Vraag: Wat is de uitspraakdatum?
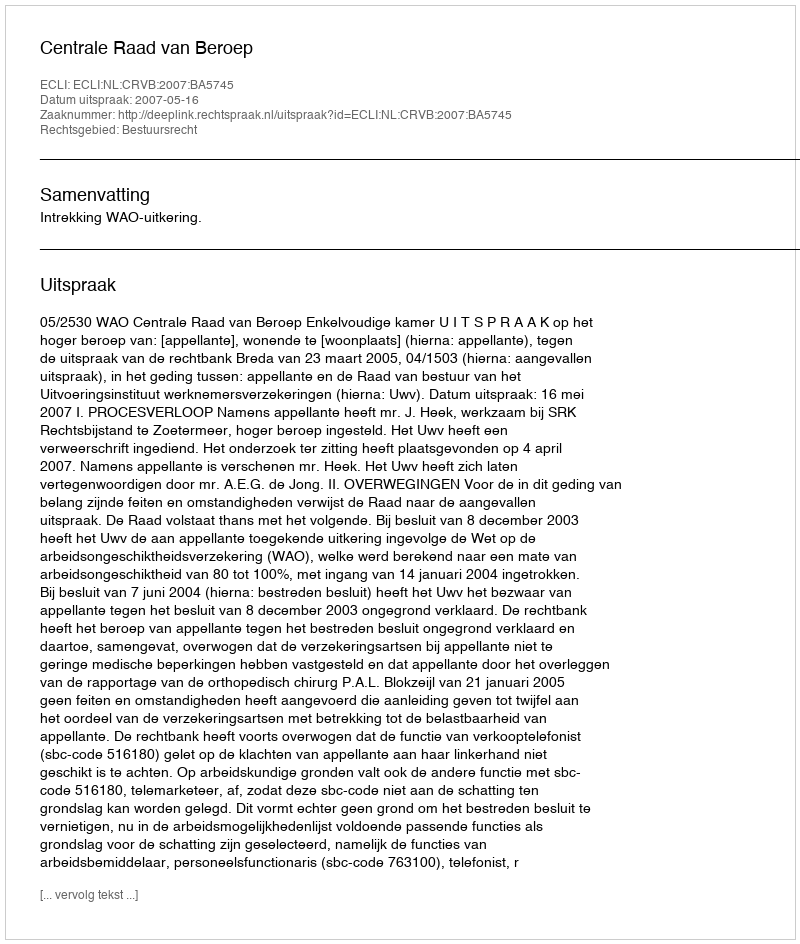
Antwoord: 2007-05-16